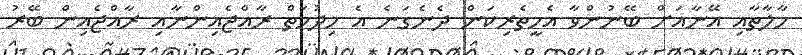
ހާލާތާއި އޭނާއަށް ބޭނުންވާ އެހީތެރިކަން ދެނެގަނެ އެ ހިދުމަތް ރާއްޖެއިންނާއި ރާއްޖެއިން ބޭރު